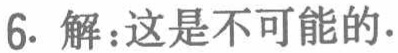
6. 解：这是不可能的.